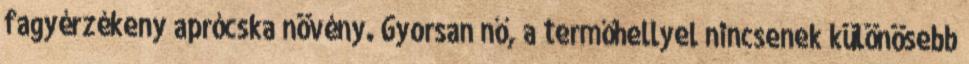
fagyérzékeny aprócska növény. Gyorsan nő, a termőhellyel nincsenek különösebb